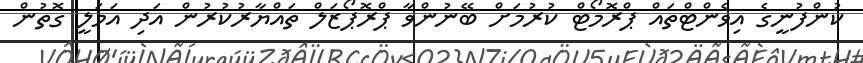
ކުންފުނީގެ އިވެންޓްތައް ޕްރޮމޯޓް ކުރުމަށް ބޭނުންވާ ޕްރޮޕޯޒަލް ތައްޔާރުކުރުން އަދި އަމަލީ ގޮތުން